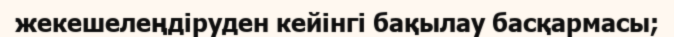
жекешелеңдіруден кейінгі бақылау басқармасы;